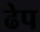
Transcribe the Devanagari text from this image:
ढेप